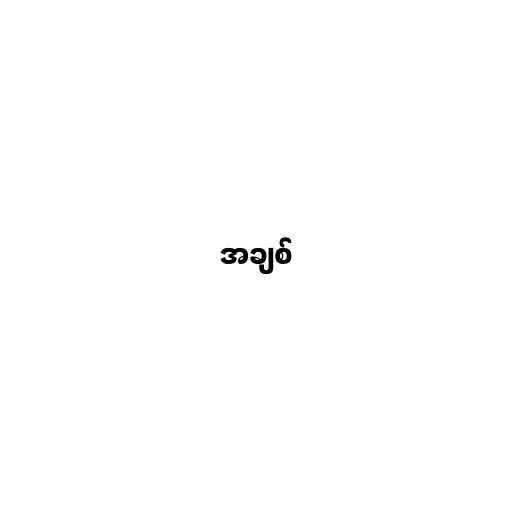
အချစ်